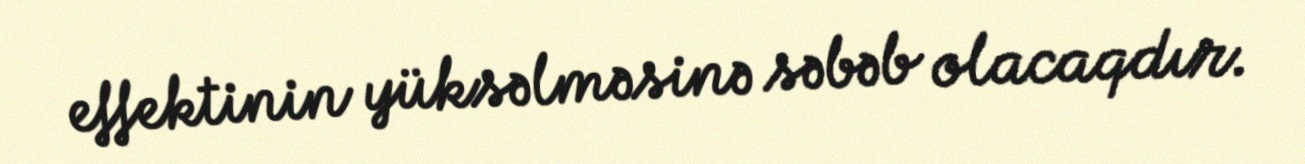
effektinin yüksəlməsinə səbəb olacaqdır.